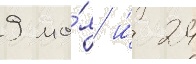
9 ма́я и́ 24